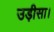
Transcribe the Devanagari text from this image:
उड़ीसा।